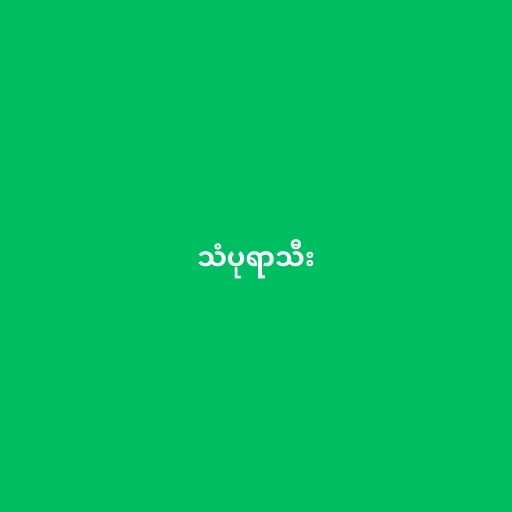
သံပုရာသီး